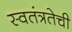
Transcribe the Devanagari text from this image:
स्वतंत्रतेची